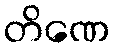
တိဏေ